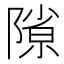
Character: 𨻶